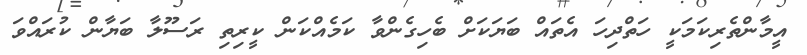
އީމާންތެރިކަމަކީ ހަތްދިހަ އެތައް ބަޔަކަށް ބެހިގެންވާ ކަމެއްކަން ކީރިތި ރަސޫލާ ބަޔާން ކުރައްވަ